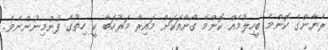
ރެޔާންގެ ކޮންމެ ބީހިލުމެއް ކޮންމެ ގޯނާއަކަށް މައިރާ މަރުހަބާ ކީ ހިތުގެ ފުންމިނުންނެވެ.